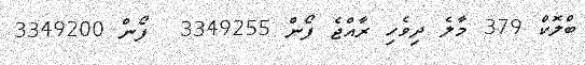
ބްލޮކް 379 މާލެ ދިވެހި ރާއްޖެ ފޯން 3349255  ފޯން 3349200